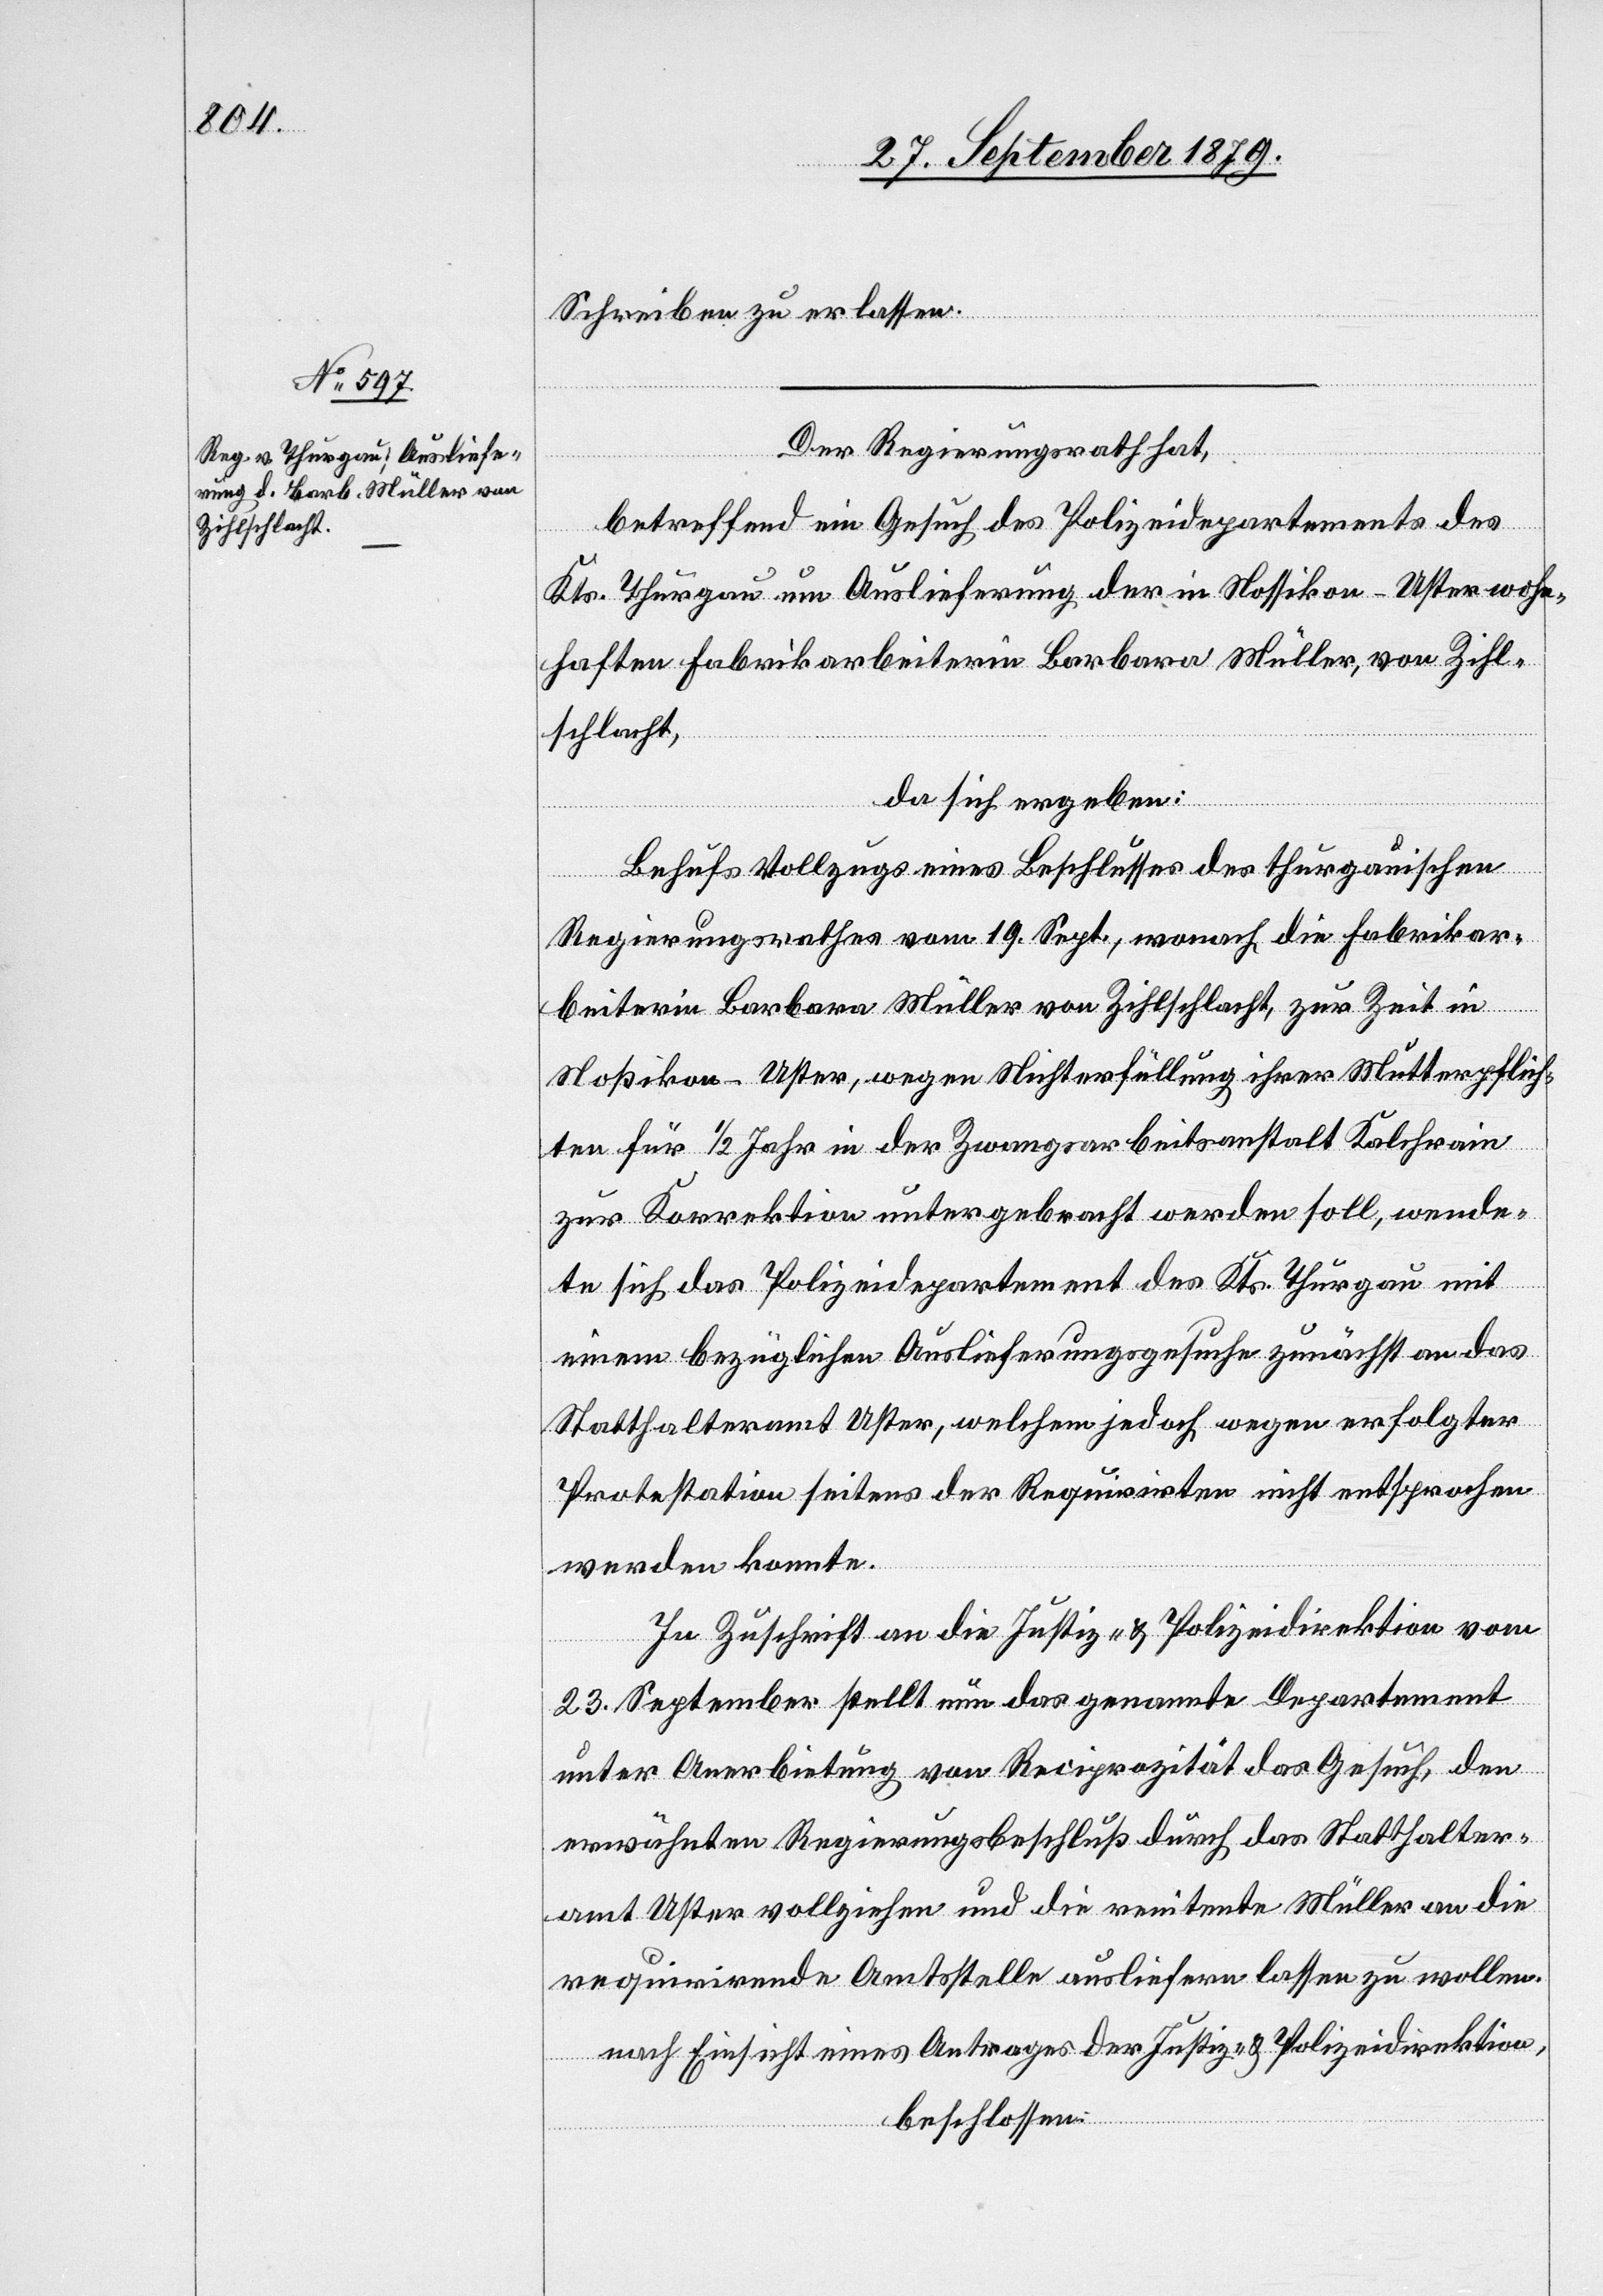
Schreiben zu erlassen.
Der Regierungsrath hat,
betreffend ein Gesuch des Polizeidepartements des
Kts. Thurgau um Auslieferung der in Nossikon - Uster wohn¬
haften Fabrikarbeiterin Barbara Müller, von Zihl¬
schlacht,
da sich ergeben:
Behufs Vollzugs eines Beschlusses des thurgauischen
Regierungsrathes vom 19. Sept., wonach die Fabrikar¬
beiterin Barbara Müller von Zihlschlacht, zur Zeit in
Nossikon - Uster, wegen Nichterfüllung ihrer Mutterpflich¬
ten für 1/2 Jahr in der Zwangsarbeitsanstalt Kalchrain
zur Korrektion untergebracht werden soll, wende¬
te sich das Polizeidepartement des Kts. Thurgau mit
einem bezüglichen Auslieferungsgesuche zunächst an das
Statthalteramt Uster, welchem jedoch wegen erfolgter
Protestation seitens der Requirirten nicht entsprochen
werden konnte.
In Zuschrift an die Justiz- & Polizeidirektion vom
23. September stellt nun das genannte Departement
unter Anerbietung von Reciprozität das Gesuch, den
erwähnten Regierungsbeschluß durch das Statthalter¬
amt Uster vollziehen und die renitente Müller an die
requirirende Amtsstelle ausliefern lassen zu wollen.
nach Einsicht eines Antrages der Justiz- & Polizeidirektion,
beschlossen: